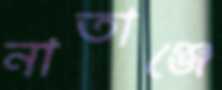
নাতাঞ্জে